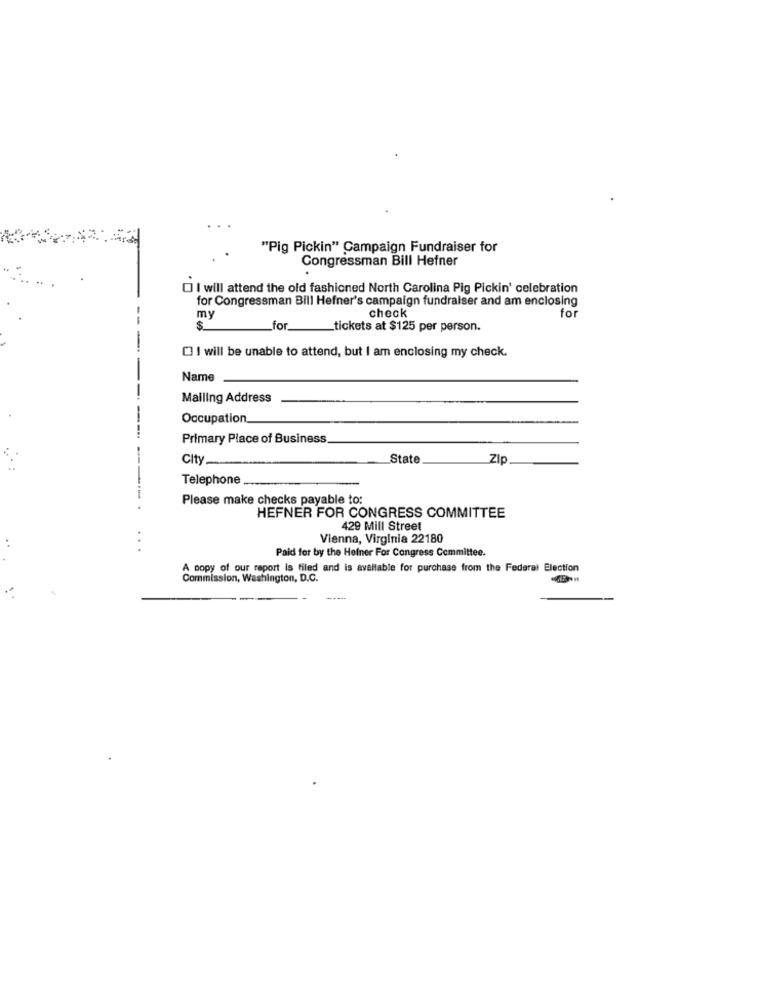
"Pig Pickin" Campaign Fundraiser for
Congressman Bill Hefner
O I will attend the old fashioned North Carolina Pig Pickin' celebration
for Congressman Bill Hefner's campaign fundraiser and am enclosing
for
my
check
$
for.
tickets at $125 per person.
[3 I will be unable to attend, but I am enclosing my check.
Name
Mailing Address
Occupation.
Primary Place of Business
City
State
Zip
Telephone
Please make checks payable to:
HEFNER FOR CONGRESS COMMITTEE
429 Mill Street
Vienna, Virginia 22180
Paid for by the Heiner For Congress Committee.
A copy of our report is filed and is available for purchase from the Federal Election
Commission, Washington, D.C.